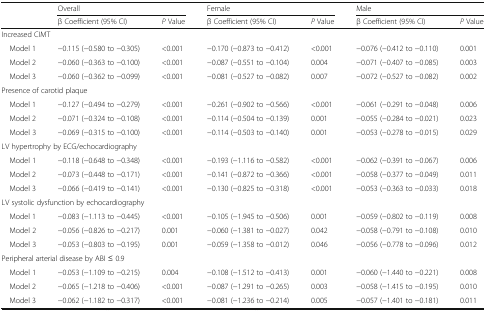
<table><thead><tr><td rowspan="2"></td><td colspan="2"><b>Overall</b></td><td colspan="2"><b>Female</b></td><td colspan="2"><b>Male</b></td></tr><tr><td><b>β Coefficient (95% CI)</b></td><td><b><i>P</i> Value</b></td><td><b>β Coefficient (95% CI)</b></td><td><b><i>P</i> Value</b></td><td><b>β Coefficient (95% CI)</b></td><td><b><i>P</i> Value</b></td></tr></thead><tbody><tr><td colspan="7">Increased CIMT</td></tr><tr><td> Model 1</td><td>−0.115 (−0.580 to −0.305)</td><td>&lt;0.001</td><td>−0.170 (−0.873 to −0.412)</td><td>&lt;0.001</td><td>−0.076 (−0.412 to −0.110)</td><td>0.001</td></tr><tr><td> Model 2</td><td>−0.060 (−0.363 to −0.100)</td><td>&lt;0.001</td><td>−0.087 (−0.551 to −0.104)</td><td>0.004</td><td>−0.071 (−0.407 to −0.085)</td><td>0.003</td></tr><tr><td> Model 3</td><td>−0.060 (−0.362 to −0.099)</td><td>&lt;0.001</td><td>−0.081 (−0.527 to −0.082)</td><td>0.007</td><td>−0.072 (−0.527 to −0.082)</td><td>0.002</td></tr><tr><td colspan="7">Presence of carotid plaque</td></tr><tr><td> Model 1</td><td>−0.127 (−0.494 to −0.279)</td><td>&lt;0.001</td><td>−0.261 (−0.902 to −0.566)</td><td>&lt;0.001</td><td>−0.061 (−0.291 to −0.048)</td><td>0.006</td></tr><tr><td> Model 2</td><td>−0.071 (−0.324 to −0.108)</td><td>&lt;0.001</td><td>−0.114 (−0.504 to −0.139)</td><td>0.001</td><td>−0.055 (−0.284 to −0.021)</td><td>0.023</td></tr><tr><td> Model 3</td><td>−0.069 (−0.315 to −0.100)</td><td>&lt;0.001</td><td>−0.114 (−0.503 to −0.140)</td><td>0.001</td><td>−0.053 (−0.278 to −0.015)</td><td>0.029</td></tr><tr><td colspan="7">LV hypertrophy by ECG/echocardiography</td></tr><tr><td> Model 1</td><td>−0.118 (−0.648 to −0.348)</td><td>&lt;0.001</td><td>−0.193 (−1.116 to −0.582)</td><td>&lt;0.001</td><td>−0.062 (−0.391 to −0.067)</td><td>0.006</td></tr><tr><td> Model 2</td><td>−0.073 (−0.448 to −0.171)</td><td>&lt;0.001</td><td>−0.141 (−0.872 to −0.366)</td><td>&lt;0.001</td><td>−0.058 (−0.377 to −0.049)</td><td>0.011</td></tr><tr><td> Model 3</td><td>−0.066 (−0.419 to −0.141)</td><td>&lt;0.001</td><td>−0.130 (−0.825 to −0.318)</td><td>&lt;0.001</td><td>−0.053 (−0.363 to −0.033)</td><td>0.018</td></tr><tr><td colspan="7">LV systolic dysfunction by echocardiography</td></tr><tr><td> Model 1</td><td>−0.083 (−1.113 to −0.445)</td><td>&lt;0.001</td><td>−0.105 (−1.945 to −0.506)</td><td>0.001</td><td>−0.059 (−0.802 to −0.119)</td><td>0.008</td></tr><tr><td> Model 2</td><td>−0.056 (−0.826 to −0.217)</td><td>0.001</td><td>−0.060 (−1.381 to −0.027)</td><td>0.042</td><td>−0.058 (−0.791 to −0.108)</td><td>0.010</td></tr><tr><td> Model 3</td><td>−0.053 (−0.803 to −0.195)</td><td>0.001</td><td>−0.059 (−1.358 to −0.012)</td><td>0.046</td><td>−0.056 (−0.778 to −0.096)</td><td>0.012</td></tr><tr><td colspan="7">Peripheral arterial disease by ABI ≤ 0.9</td></tr><tr><td> Model 1</td><td>−0.053 (−1.109 to −0.215)</td><td>0.004</td><td>−0.108 (−1.512 to −0.413)</td><td>0.001</td><td>−0.060 (−1.440 to −0.221)</td><td>0.008</td></tr><tr><td> Model 2</td><td>−0.065 (−1.218 to −0.406)</td><td>&lt;0.001</td><td>−0.087 (−1.291 to −0.265)</td><td>0.003</td><td>−0.058 (−1.415 to −0.195)</td><td>0.010</td></tr><tr><td> Model 3</td><td>−0.062 (−1.182 to −0.317)</td><td>&lt;0.001</td><td>−0.081 (−1.236 to −0.214)</td><td>0.005</td><td>−0.057 (−1.401 to −0.181)</td><td>0.011</td></tr></tbody></table>